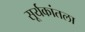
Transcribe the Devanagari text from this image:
सूर्यकांतला